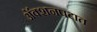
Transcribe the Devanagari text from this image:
अॅक्शनपटात